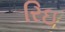
રિઇ